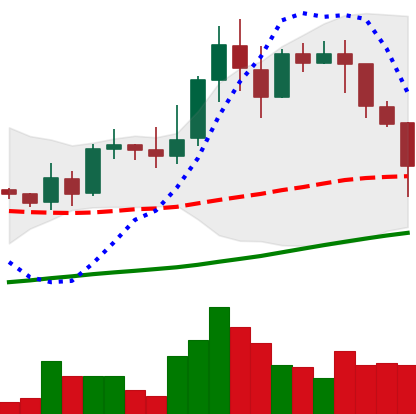
Ticker: LINK-USD
Chart end date: 2019-04-11
Forward return: 3.483%
Label: up_3_5